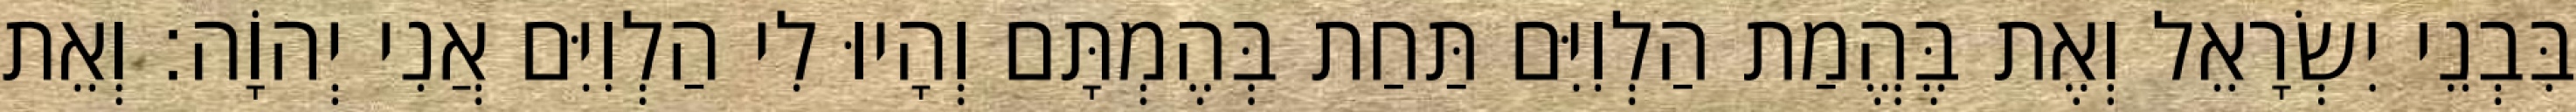
בִּבְנֵי יִשְׂרָאֵל וְאֶת בֶּהֱמַת הַלְוִיִּם תַּחַת בְּהֶמְתָּם וְהָיוּ לִי הַלְוִיִּם אֲנִי יְהוָֹה׃ וְאֵת